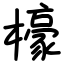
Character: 檺